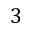
3